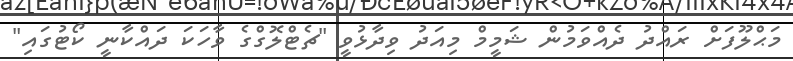
މަޙްލޫފަށް ރައްދު ދެއްވަމުން ޝަމީމް މިއަދު ވިދާޅުވީ "ޗެޓްލޮގްގެ ވާހަކަ ދައްކާނީ ކޯޓުގައި"